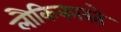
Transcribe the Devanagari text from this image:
लौकिकास्ते